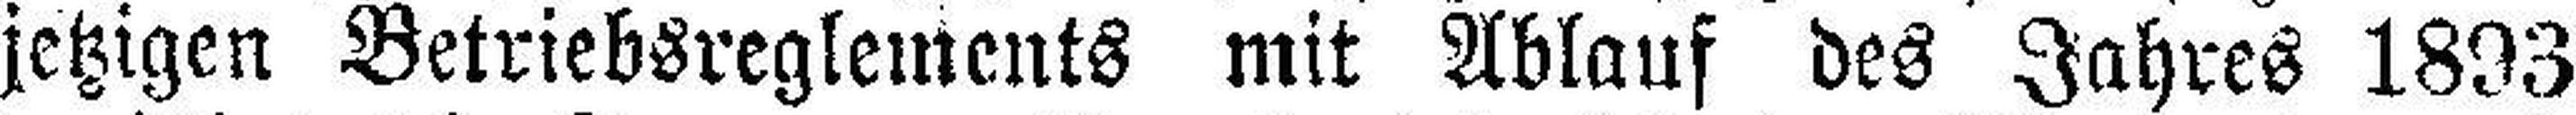
jetzigen Betriebsreglements mit Ablauf des Jahres 1893